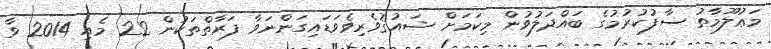
މަޢުލޫމާތު ސާފުކުރުމުގެ ބައްދަލުވުން މިކަމަށް ޝައުޤުވެރިވެވަޑައިގަންނަވާ ފަރާތްތަކުން 22 މެއި 2014 ވާ